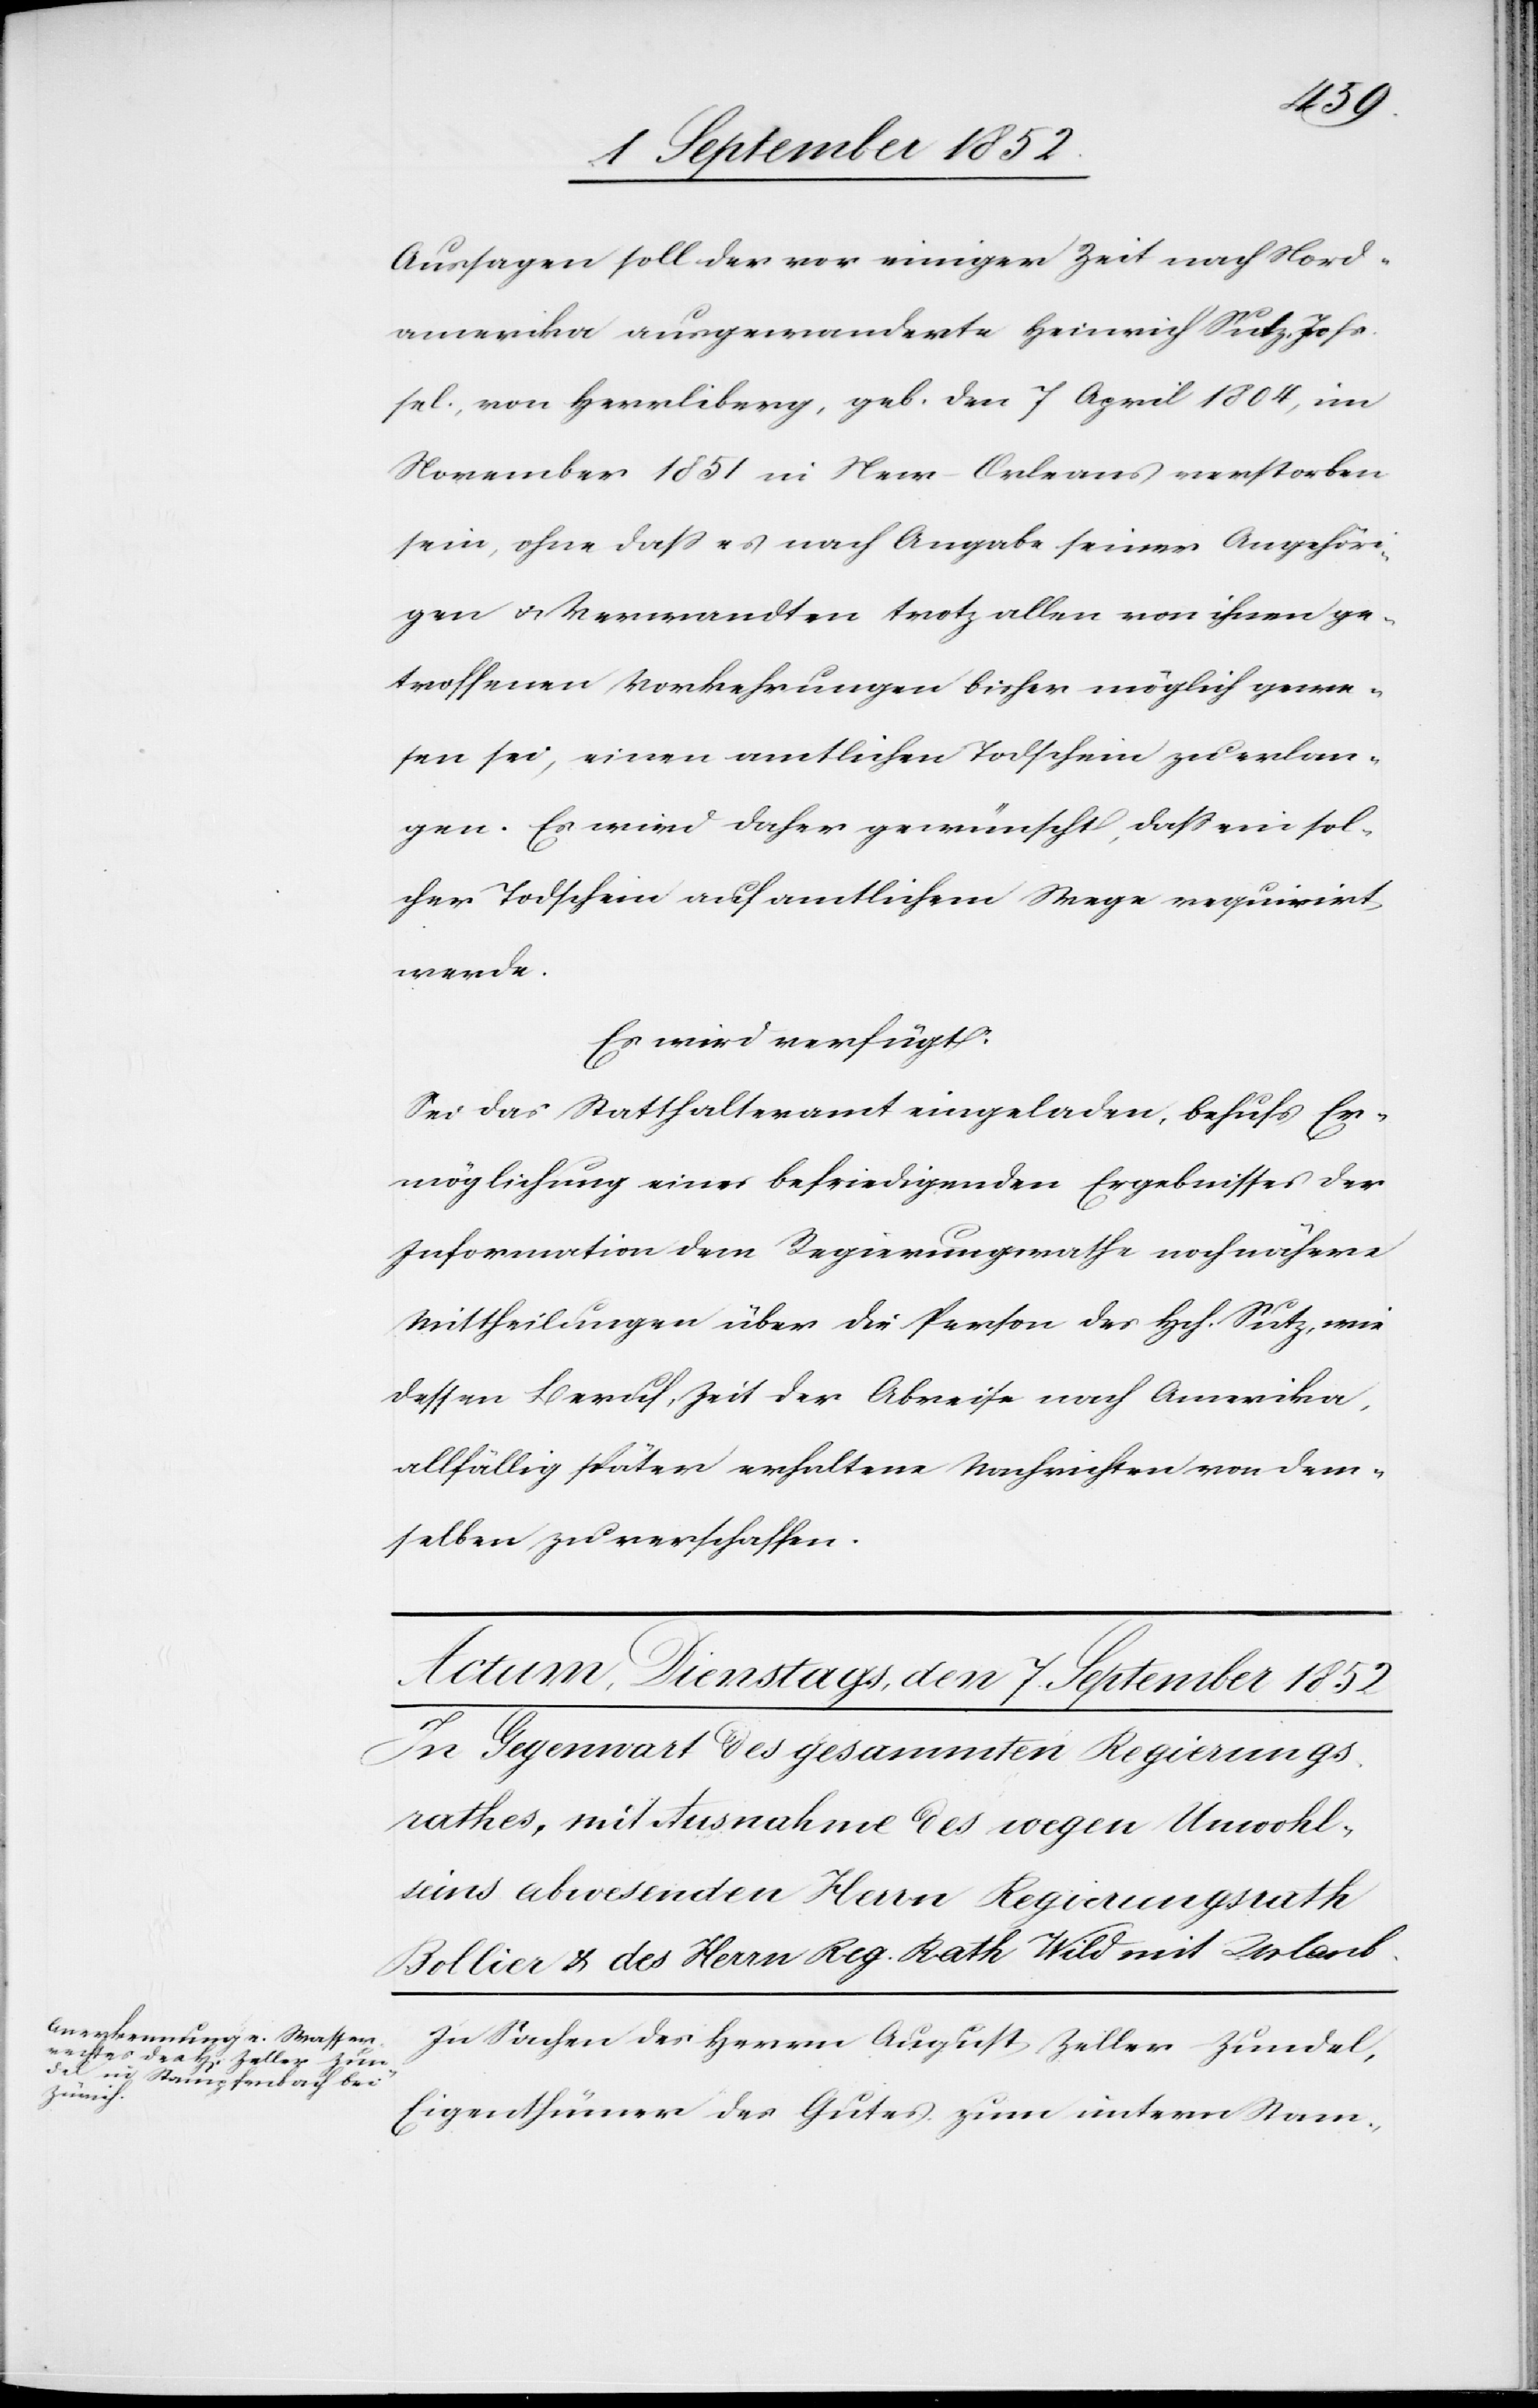
Aussagen soll der vor einiger Zeit nach Nord¬
amerika ausgewanderte Heinrich Sutz, Johs.
sel., von Herrliberg, geb. den 7 April 1804, im
November 1851 in New-Orleans verstorben
sein, ohne dass es nach Angabe seiner Angehöri¬
gen & Verwandten trotz allen von ihnen ge¬
troffenen Vorkehrungen bisher möglich gewe¬
sen sei, einen amtlichen Todschein zu erlan¬
gen. Es wird daher gewünscht, dass ein sol¬
cher Todschein auf amtlichem Wege requirirt
werde.
Es wird verfügt:
Sei das Statthalteramt eingeladen, behufs Er¬
möglichung eines befriedigenden Ergebnisses der
Information dem Regierungsrathe noch nähere
Mittheilungen über die Person des Hch. Sutz, wie
dessen Beruf, Zeit der Abreise nach Amerika,
allfällig später erhaltene Nachrichten von dem¬
selben zu verschaffen.
In Sachen des Herrn August Zeller-Zundel,
Eigenthümer des Gutes zum untern Stam-